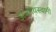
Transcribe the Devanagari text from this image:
अंजनेयस्‍वामी